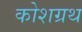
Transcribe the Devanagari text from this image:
कोशग्रथ